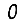
Digit: 0